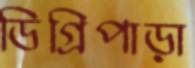
ডিগ্রিপাড়া